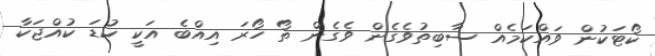
ކޯޓަކުން ވައްކަމެއް ސާބިތުވެގެން ވެގެން ތޯ ހޯރަ އިއްބެ އަކީ ކުޑަ ކުއްޖަކާ